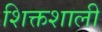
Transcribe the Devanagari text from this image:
शिक्तशाली